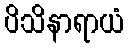
ပိသိနာရာယံ